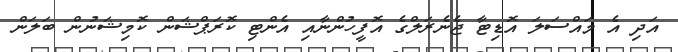
އަދި އެ މައްސަލަ އޮޑިޓާ ޖެނެރަލްގެ އޮފީހުންނާއި އެންޓި ކޮރަޕްޝަން ކޮމިޝަނުން ބަލަން